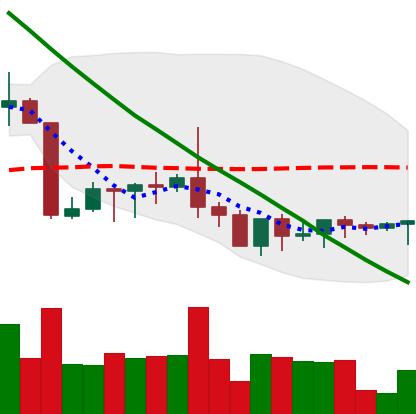
Ticker: XRP-USD
Chart end date: 2022-09-05
Forward return: 7.425%
Label: up_7plus